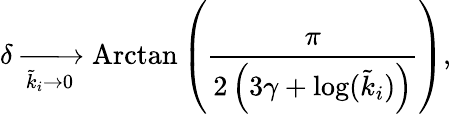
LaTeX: \delta\xrightarrow[\tilde{k}_{i}\to 0]{}\mathrm{Arctan}\left(\frac{\pi}{2\left(3\gamma+\log(\tilde{k}_{i})\right)}\right),